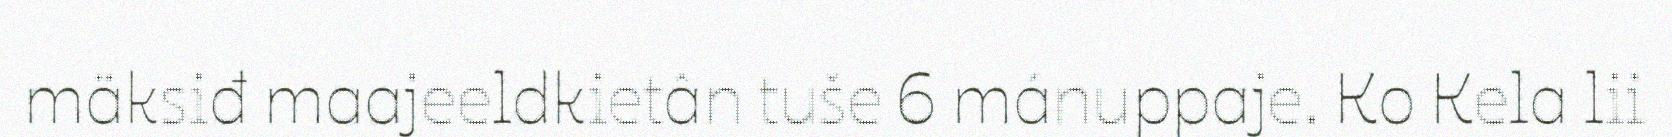
mäksiđ maajeeldkietân tuše 6 mánuppaje. Ko Kela lii